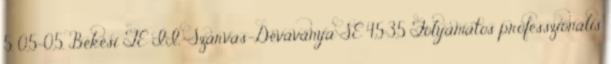
5. 0,5–0,5. Békési TE II.–Szarvas-Dévaványa SE 4,5:3,5 Folyamatos professzionális